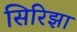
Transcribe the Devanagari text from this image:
सिरिझा